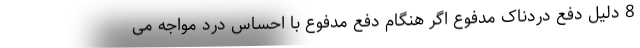
8 دلیل دفع دردناک مدفوع اگر هنگام دفع مدفوع با احساس درد مواجه می